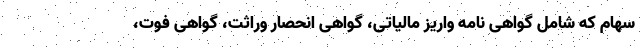
سهام که شامل گواهی نامه واریز مالیاتی، گواهی انحصار وراثت، گواهی فوت،